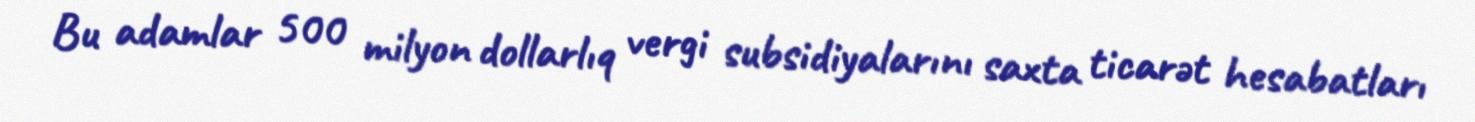
Bu adamlar 500 milyon dollarlıq vergi subsidiyalarını saxta ticarət hesabatları